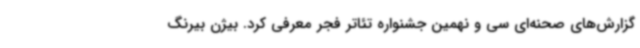
گزارش‌های صحنه‌ای سی و نهمین جشنواره تئاتر فجر معرفی کرد. بیژن بیرنگ